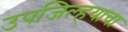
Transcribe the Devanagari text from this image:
उपजिल्हयाचा